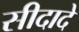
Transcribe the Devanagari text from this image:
सीदादे